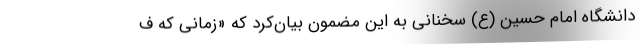
دانشگاه امام حسین (ع) سخنانی به این مضمون بیان‌کرد که «زمانی که ف